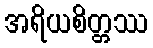
အရိယစိတ္တဿ